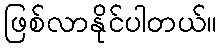
ဖြစ်လာနိုင်ပါတယ်။